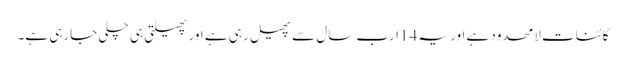
کائنات لامحدود ہے اور یہ 14ارب سال سے پھیل رہی ہے اور پھیلتی ہی چلی جارہی ہے۔